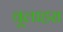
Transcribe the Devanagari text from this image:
वूलाहरा